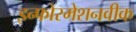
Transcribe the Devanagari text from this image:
इन्फोरमेशनवीक